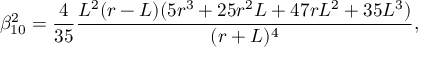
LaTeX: \beta _ { 1 0 } ^ { 2 } = \frac { 4 } { 3 5 } \frac { L ^ { 2 } ( r - L ) ( 5 r ^ { 3 } + 2 5 r ^ { 2 } L + 4 7 r L ^ { 2 } + 3 5 L ^ { 3 } ) } { ( r + L ) ^ { 4 } } ,